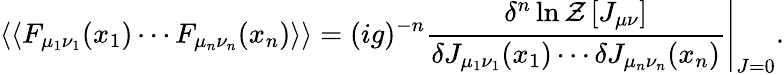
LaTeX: \left.\left<\left<F_{\mu_{1}\nu_{1}}(x_{1})\cdots F_{\mu_{n}\nu_{n}}(x_{n})\right>\right>=(ig)^{-n}\frac{\delta^{n}\ln{\cal Z}\left[J_{\mu\nu}\right]}{\delta J_{\mu_{1}\nu_{1}}(x_{1})\cdots\delta J_{\mu_{n}\nu_{n}}(x_{n})}\right|_{J=0}.